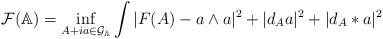
LaTeX: \begin{align*}\mathcal{F}(\mathbb{A})=\inf_{A+ia\in\mathcal{G}_{\mathbb{A}}}\int |F(A)-a\wedge a|^2+|d_Aa|^2+|d_A*a|^2\end{align*}